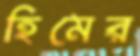
হিমের